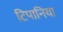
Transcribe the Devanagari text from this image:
टिपानिया